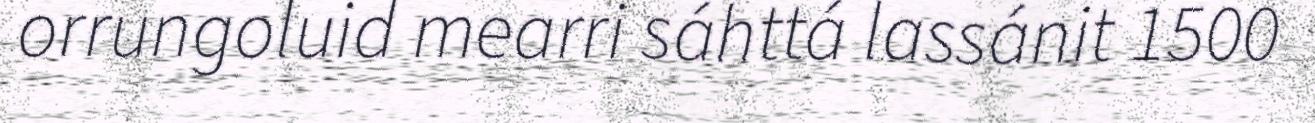
orrungoluid mearri sáhttá lassánit 1500